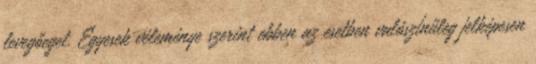
levegőeget. Egyesek véleménye szerint ebben az esetben valószínűleg jelképesen